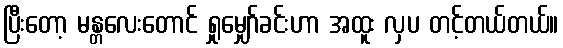
ပြီးတော့ မန္တလေးတောင် ရှုမျှော်ခင်းဟာ အထူး လှပ တင့်တယ်တယ်။